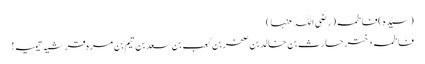
(سیّدہ )فاطمہ(رضی اللہ عنہا)
فاطمہ دختر حارث بن خالد بن صخربن کعب بن سعد بن تیم بن مرہ قرشیہ تیمیہ!